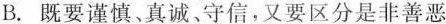
B.既要谨慎、真诚、守信，又要区分是非善恶